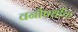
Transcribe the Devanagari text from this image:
वनौषधींचा